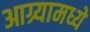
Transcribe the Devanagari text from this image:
आग्र्यामध्ये